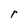
Character: r